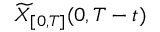
\widetilde { X } _ { [ 0 , T ] } ( 0 , T - t )